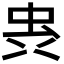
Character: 𮓼